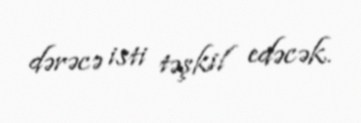
dərəcə isti təşkil edəcək.